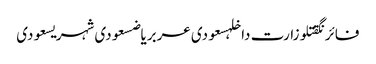
فائرنگقتلوزارت داخلہسعودی عربریاضسعودی شہریسعودی